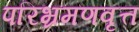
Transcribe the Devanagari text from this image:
परिभ्रमणवृत्त